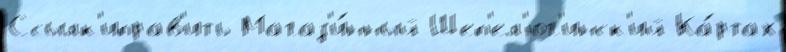
Ссылк'иправ'ить Магаз'и́нный Шеп'ел'юг'инск'ий Ка́ртах